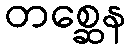
တစ္ဆေန